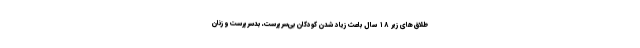
طلاق‌های زیر ۱۸ سال باعث زیاد شدن کودکان بی‌سرپرست، بدسرپرست و زنان